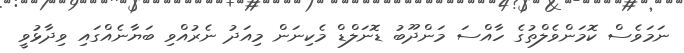
ނަމަވެސް ކޮމަންވެލްތުގެ ހާއްސަ މަންދޫބު ޑޮނަލްޑް މެކިނަން މިއަދު ނެރުއްވި ބަޔާނެއްގައި ވިދާޅުވީ